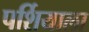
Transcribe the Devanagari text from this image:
पर्शियाला